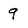
Character: 9